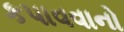
કપાવવાનો